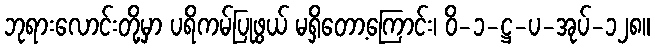
ဘုရားလောင်းတို့မှာ ပရိကမ်ပြုဖွယ် မရှိတော့ကြောင်း၊ ဝိ-၁-ဋ္ဌ-ပ-အုပ်-၁၂၈။